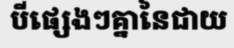
បីផ្សេងៗគ្នានៃជាយ